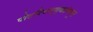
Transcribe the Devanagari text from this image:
पोटनिवडणुकांमधून